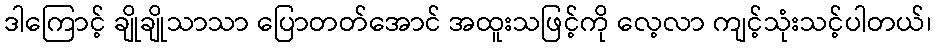
ဒါကြောင့် ချိုချိုသာသာ ပြောတတ်အောင် အထူးသဖြင့်ကို လေ့လာ ကျင့်သုံးသင့်ပါတယ်၊